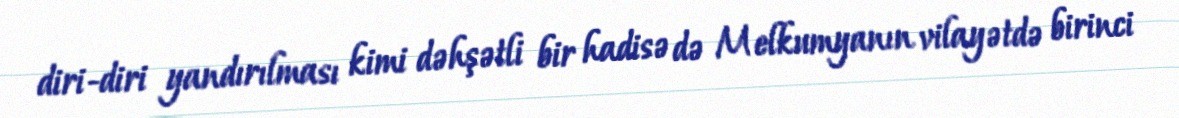
diri-diri yandırılması kimi dəhşətli bir hadisə də Melkumyanın vilayətdə birinci